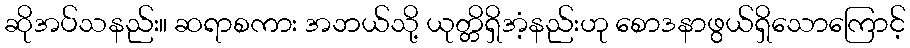
ဆိုအပ်သနည်း။ ဆရာစကား အဘယ်သို့ ယုတ္တိရှိအံ့နည်းဟု စောဒနာဖွယ်ရှိသောကြောင့်